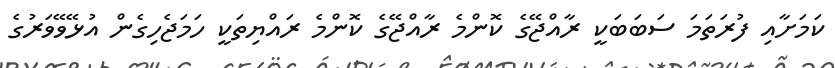
ކަމަށާއި ފުރަތަމަ ސަބަބަކީ ރާއްޖޭގެ ކޮންމެ ރާއްޖޭގެ ކޮންމެ ރައްޔިތަކީ ހަމަޖެހިގެން އުޅޭވޭވަރުގެ